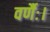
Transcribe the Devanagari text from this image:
वर्णैः।